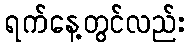
ရက်နေ့တွင်လည်း